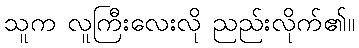
သူက လူကြီးလေးလို ညည်းလိုက်၏။